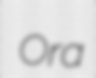
Ora